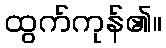
ထွက်ကုန်၏။